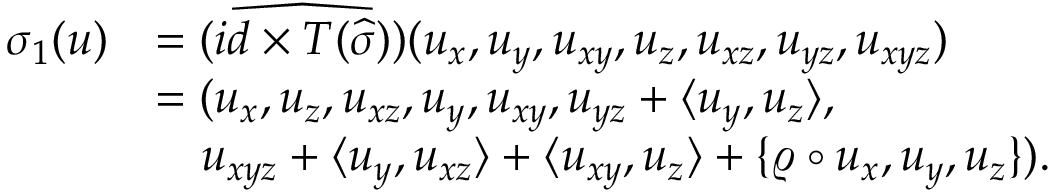
\begin{array} { r l } { \sigma _ { 1 } ( u ) } & { = \widehat { ( i d \times T ( \widehat { \sigma } ) ) } ( u _ { x } , u _ { y } , u _ { x y } , u _ { z } , u _ { x z } , u _ { y z } , u _ { x y z } ) } \\ & { = ( u _ { x } , u _ { z } , u _ { x z } , u _ { y } , u _ { x y } , u _ { y z } + \langle u _ { y } , u _ { z } \rangle , } \\ & { \quad u _ { x y z } + \langle u _ { y } , u _ { x z } \rangle + \langle u _ { x y } , u _ { z } \rangle + \{ \varrho \circ u _ { x } , u _ { y } , u _ { z } \} ) . } \end{array}